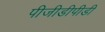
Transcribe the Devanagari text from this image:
पीजीडीपीडी